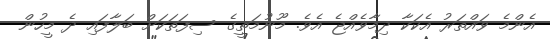
އެންމެ ވައްތަރު އެކަކާ ދިމާވެއްޖެ އެވެ. މޫނުމަތީގެ ސިފަތަކަށް ބަލާފައި ދެ މީހުން